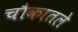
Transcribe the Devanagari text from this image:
चौकातले